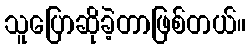
သူပြောဆိုခဲ့တာဖြစ်တယ်။